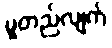
မူတည်လျက်